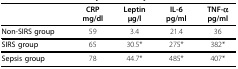
|  | CRPmg/dl | Leptinμg/l | IL-6pg/ml | TNF-αpg/ml |
 | --- | --- | --- | --- | --- |
 | Non-SIRS group | 59 | 3.4 | 21.4 | 36 |
 | SIRS group | 65 | 30.5* | 275* | 382* |
 | Sepsis group | 78 | 44.7* | 485* | 407* |